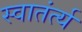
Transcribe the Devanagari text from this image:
स्वातंर्त्य